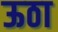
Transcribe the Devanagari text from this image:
ऊठा